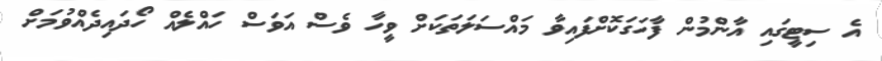
އެ ސިޓީގައި އާންމުން ފާހަގަކޮށްފައިވާ މައްސަލަތަކަށް ވީހާ ވެސް އަވަސް ހައްލެއް ހޯދައިދެއްވުމަށް